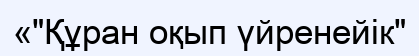
«"Құран оқып үйренейік"